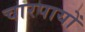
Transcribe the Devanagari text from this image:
चारपायों